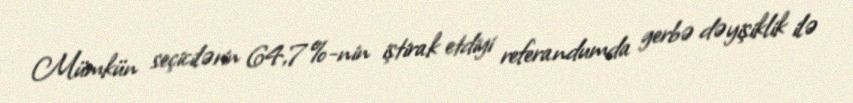
Mümkün seçicilərin 64,7%-nin iştirak etdiyi referandumda gerbə dəyişiklik ilə